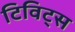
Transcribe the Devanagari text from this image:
टिविट्स